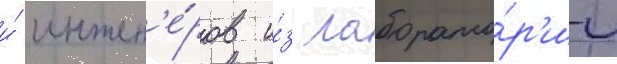
и́ инжен'е́ров и́з лаборато́р'ии